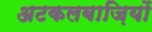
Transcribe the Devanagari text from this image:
अटकलबाज़ियों